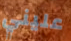
عليني